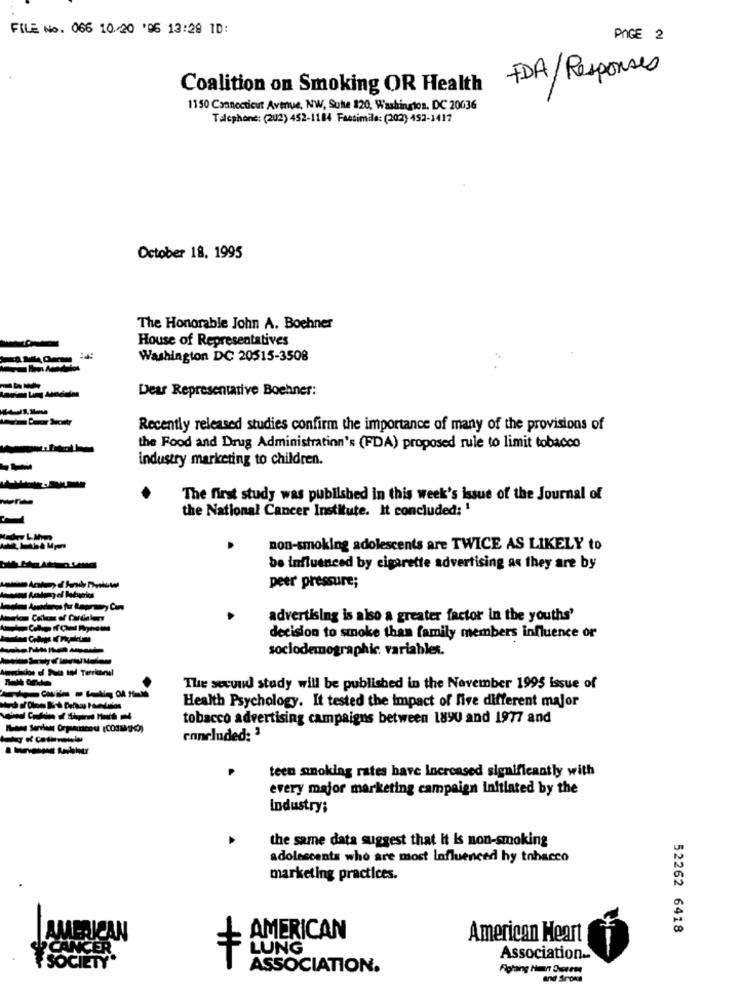
FILE No. 066 10.20 '06 13:29 ID:
PAGE 2
FDA/ Responses
Coalition on Smoking OR Health
1150 Connecticut Avmue, NW, Suhe 120, Washington, DC 20036
Talcphone: (202) 452-1184 Facsimile: (202) 452-1417
October 18, 1995
The Honorable John A. Boehner
House of Representatives
Washington DC 20515-3508
Dear Representative Boehner:
Recently released studies confirm the importance of many of the provisions of
the Food and Drug Administration's (FDA) proposed rule to limit tobacco
industry marketing to children.
The first study was published in this week's issue of the Journal of
the National Cancer Institute. It concluded: '
non-smoking adolescents are TWICE AS LIKELY to
be influenced by cigarette advertising as they are by
peer pressure;
advertising is also a greater factor in the youths'
decision to smoke than family members influence or
sociodemographic. variables.
The second study will be published in the November 1995 issue of
Health Psychology. It tested the impact of five different major
tobacco advertising campaigns between 1890 and 1977 and
concluded: 3
teen smoking rates have increased significantly with
every major marketing campaign initiated by the
Industry;
the same data suggest that it Is non-smoking
adolescents who are most Influenced hy tobacco
marketing practices.
52262 6418
JEAN
AMERICAN
American Heart
LUNG
ANCE
Association.
SOCIÉ
ASSOCIATION.
Rotaing Hunt Ducreme
and Sroka